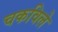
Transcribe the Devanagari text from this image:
चकविले